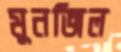
মুনজিল